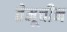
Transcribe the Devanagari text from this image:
तेमूचीन